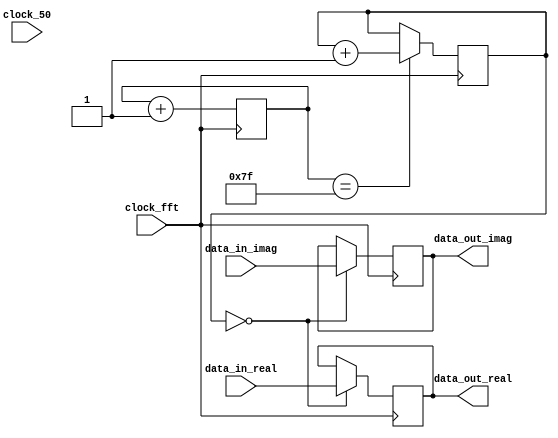
module fft_divider(
			input clock_50,
			input clock_fft,
			input [15:0] data_in_real,
			output reg [15:0] data_out_real,
			input [15:0] data_in_imag,
			output reg [15:0] data_out_imag
			);

reg [6:0]	counter_samples = 0;
reg [7:0] 	counter_frames = 0;

always @ (posedge clock_fft)
	if (clock_fft == 1)
		begin 
			if (counter_samples == 127) 
				begin 
					counter_frames <= counter_frames + 1;
				end
			counter_samples <= counter_samples + 1;
		end

always @ (negedge clock_fft)	
	if (counter_frames == 0)
		begin
			data_out_real <= data_in_real;
			data_out_imag <= data_in_imag;
		end
		
		
endmodule